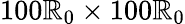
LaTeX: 100\mathbb{R}_{0}\times100\mathbb{R}_{0}